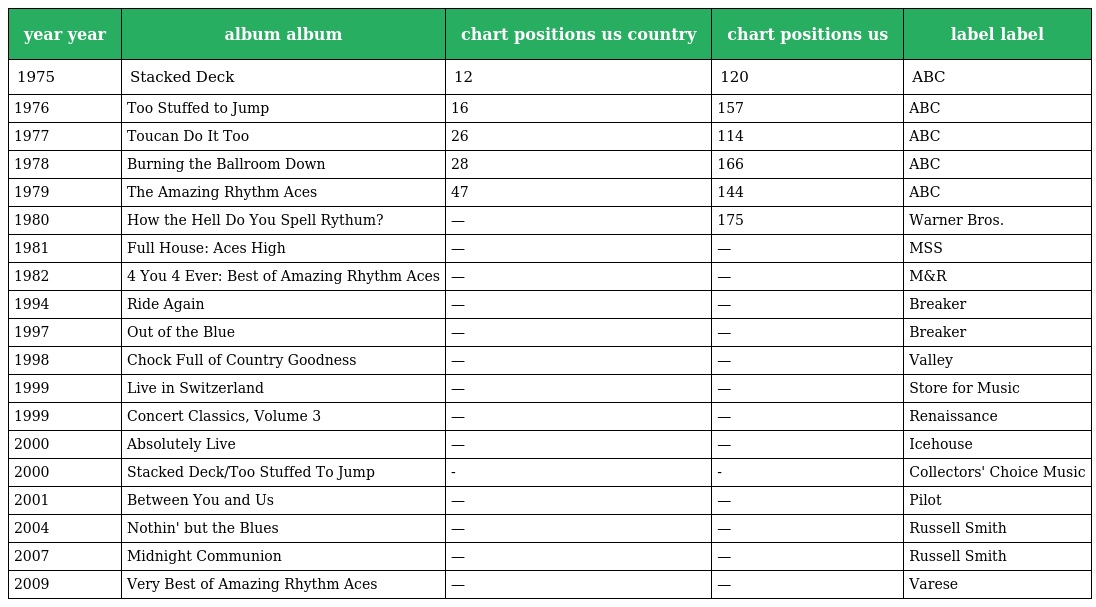
| year year | album album | chart positions us country | chart positions us | label label |
 | --- | --- | --- | --- | --- |
 | 1975 | Stacked Deck | 12 | 120 | ABC |
 | 1976 | Too Stuffed to Jump | 16 | 157 | ABC |
 | 1977 | Toucan Do It Too | 26 | 114 | ABC |
 | 1978 | Burning the Ballroom Down | 28 | 166 | ABC |
 | 1979 | The Amazing Rhythm Aces | 47 | 144 | ABC |
 | 1980 | How the Hell Do You Spell Rythum? | — | 175 | Warner Bros. |
 | 1981 | Full House: Aces High | — | — | MSS |
 | 1982 | 4 You 4 Ever: Best of Amazing Rhythm Aces | — | — | M&R |
 | 1994 | Ride Again | — | — | Breaker |
 | 1997 | Out of the Blue | — | — | Breaker |
 | 1998 | Chock Full of Country Goodness | — | — | Valley |
 | 1999 | Live in Switzerland | — | — | Store for Music |
 | 1999 | Concert Classics, Volume 3 | — | — | Renaissance |
 | 2000 | Absolutely Live | — | — | Icehouse |
 | 2000 | Stacked Deck/Too Stuffed To Jump | - | - | Collectors' Choice Music |
 | 2001 | Between You and Us | — | — | Pilot |
 | 2004 | Nothin' but the Blues | — | — | Russell Smith |
 | 2007 | Midnight Communion | — | — | Russell Smith |
 | 2009 | Very Best of Amazing Rhythm Aces | — | — | Varese |